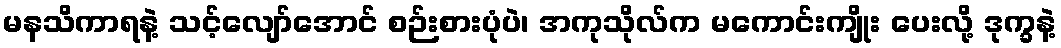
မနသိကာရနဲ့ သင့်လျော်အောင် စဉ်းစားပုံပဲ၊ အကုသိုလ်က မကောင်းကျိုး ပေးလို့ ဒုက္ခနဲ့